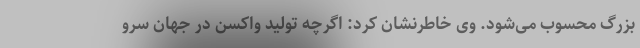
بزرگ محسوب می‌شود. وی خاطرنشان کرد: اگرچه تولید واکسن در جهان سرو